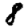
Digit: 8